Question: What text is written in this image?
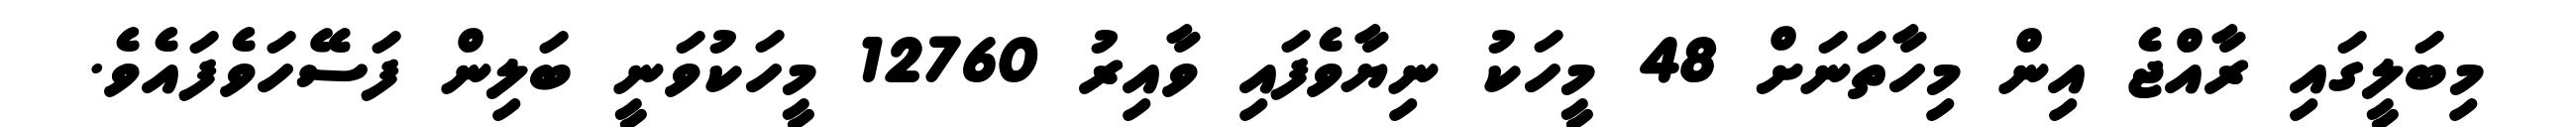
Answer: މިބަލީގައި ރާއްޖެ އިން މިހާތަނަށް 48 މީހަކު ނިޔާވެފައި ވާއިރު 12760 މީހަކުވަނީ ބަލިން ފަސޭހަވެފައެވެ.